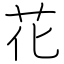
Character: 花